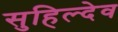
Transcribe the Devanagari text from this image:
सुहिल्देव